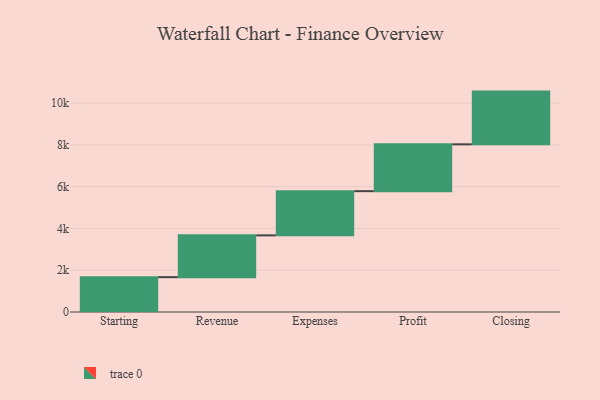
{"axis": {"x": "Step", "y": "Value"}, "legend": [""], "data": [{"x": "Starting", "y": 1669.0, "type": ""}, {"x": "Revenue", "y": 2001.0, "type": ""}, {"x": "Expenses", "y": 2117.0, "type": ""}, {"x": "Profit", "y": 2243.0, "type": ""}, {"x": "Closing", "y": 2525.0, "type": ""}]}